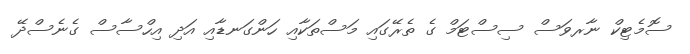
ސޮމެޓިކް ނާރވަސް ސިސްޓަމް ގެ ތެރޭގައި މަސްތަކާއި ހަންގަނޑާއި އަދި އިހްސާސް ގެނެސްދޭ